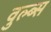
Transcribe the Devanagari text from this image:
वुल्ब्स